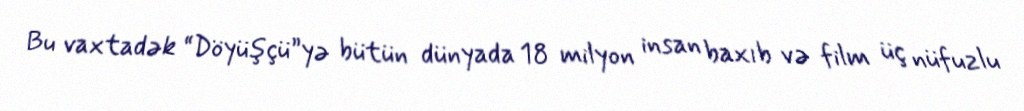
Bu vaxtadək “Döyüşçü”yə bütün dünyada 18 milyon insan baxıb və film üç nüfuzlu